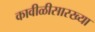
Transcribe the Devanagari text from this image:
कावीळीसारख्या